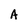
Character: A